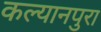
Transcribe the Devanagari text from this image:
कल्यानपुरा